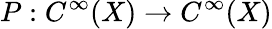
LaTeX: P:C^{\infty}(X)\to C^{\infty}(X)